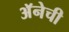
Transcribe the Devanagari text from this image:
अॅनेची